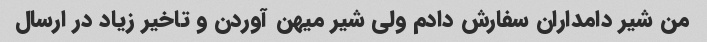
من شیر دامداران سفارش دادم ولی شیر میهن آوردن و تاخیر زیاد در ارسال